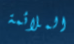
الملائمة